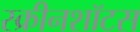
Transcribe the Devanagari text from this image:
स्क्रीनशॉटस